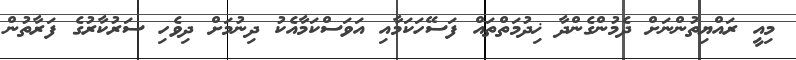
މިއީ ރައްޔިތުންނަށް ދެމުންގެންދާ ޚިދުމަތްތައް ފަސޭހަކަމާއި އަވަސްކަމާއެކު ދިނުމަށް ދިވެހި ސަރުކާރުގެ ފަރާތުން